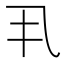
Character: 丮